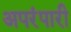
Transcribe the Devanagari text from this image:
अपरंपारी